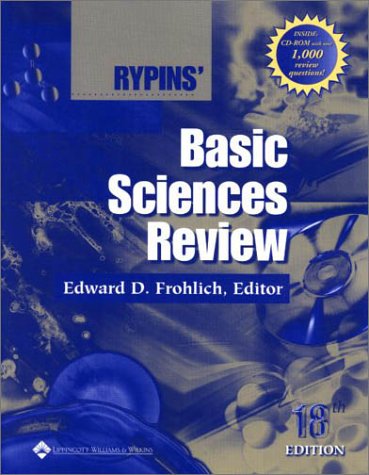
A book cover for Rypins' Basic Sciences Review; Edward D. Frohlich; Medical Books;